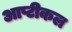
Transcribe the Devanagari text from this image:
आप्टीकल